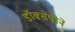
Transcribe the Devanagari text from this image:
डॉक्सेपीने